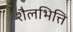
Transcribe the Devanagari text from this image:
शैलभित्ति